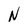
Character: N